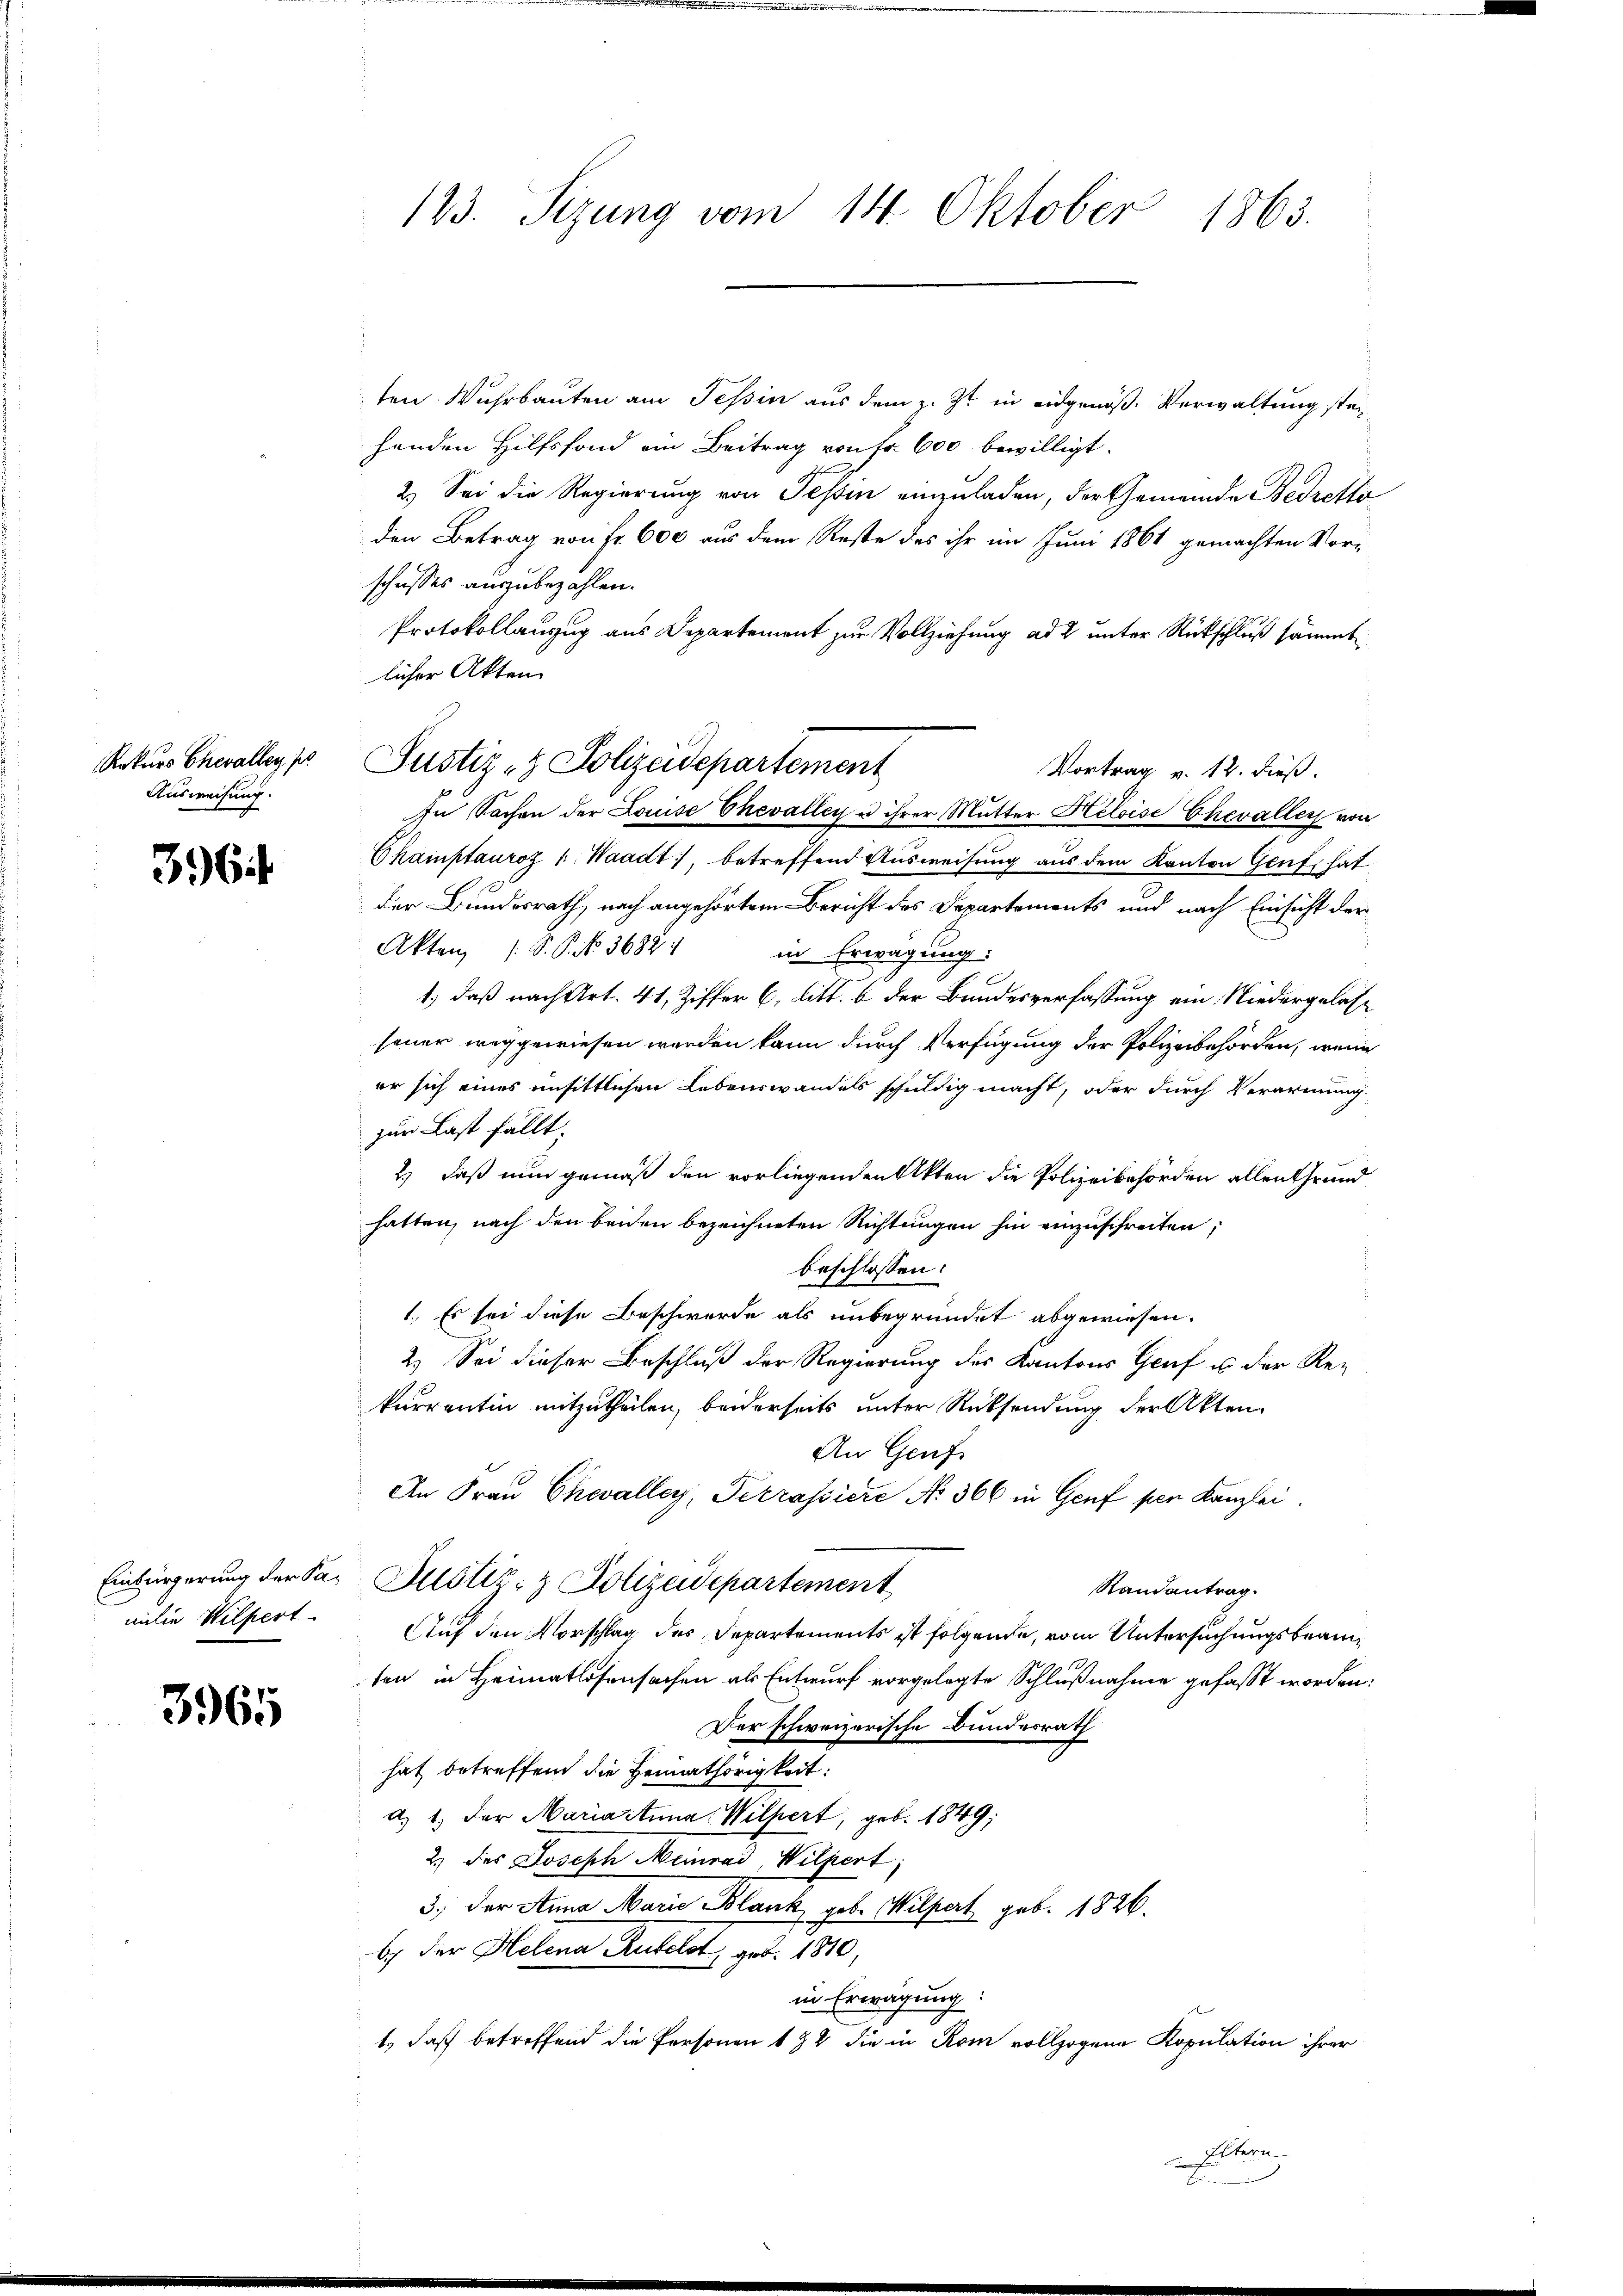
Ausweisung.

3 Cit

milie Wilpert

3965

ten Wuhrbauten am Tessin aus dem z. Zt. in eidgenöß- Verwaltung steihenden Hilfsfond am Beitrag von Fr. 600 bewilligt.
2.) Sei die Regierung von Tessin einzuladen, der Gemeinde Bedretto
den Betrag von Fr. 600 aus dem Reste des ihr im Juni 1861 gemachten Vorschusses auszubezahlen.
Protokollanzug aus Departement zur Vollziehung ad 2 unter Rückschluß sämmt
licher Akten
In Sachen der Louise Chevalley u ihrer Mutter Heloise Chevallen von
Champtauroz /: Waadt, betreffend Ausweisung aus dem Kanton Genf, hat
der Bundesrath, nach angehörtem Bericht des Departements und nach Einsicht der
Akten (S. P. Nr. 3682:
in Erwägung:
1.) daß nach Art. 41, Ziffer 6 litt. b der Bundesverfassung ein Niedergelasseuer weggewiesen werden kann durch Verfügung der Polizeibehörden, wenn
er sich eines unsittlichen Lebenswandels schuldig macht, oder durch Verarmung
zur Last fällt.
2) daß nun gemäß den vorliegenden Akten die Polizeibehörden allen Grund
hatten, nach den beiden bezeichneten Richtungen hin einzuschreiten;
beschlossen:
1.) Es sei diese Beschwerde als unbegründet abgewiesen.
2.) Sei dieser Beschluß der Regierung des Kantons Graf es der Re-
kurrentin mitzutheilen, beiderseits unter Rücksendung der Akten
An Genf
An Frau Chevalley, Terrassiere No. 366 in Genf per Kanzlei.
1
Einbürgerung der Sax Justiz- & Polizeidepartement
Randantrag.
Auf den Vorschlag des Departements ist folgende, vom Untersuchungsbeamten in Heimatlosensachen als Entwurf vorgelegte Schlußnahme gefasst worden.
Der schweizerische Bundesrath
hat betreffend die Heimathörigkeit:
d. 1. der Mariastina Wilpert, geb. 1849;
2.) des Joseph Meinrad Wilpert;
3.) Der Anna Marie Blank, geb. Wilpert geb. 1826.
by der Helena Rubelst, geb. 1810,
in Erwägung:

t, daß betreffend die Personen 184 die in Rom vollzogene Kopulation ihrer
Eltern

123. Sizung vom 14. Oktober 1863.

Rekŭrs Chevalles pr Justiz- & Polizeidepartement
Vortrag v. 12. dieß.